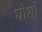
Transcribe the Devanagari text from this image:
घोशों